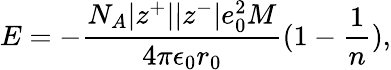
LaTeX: E=-\frac{N_{A}|z^{+}||z^{-}|e_{0}^{2}M}{4\pi\epsilon_{0}r_{0}}(1-\frac{1}{n}),